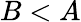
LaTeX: B<A